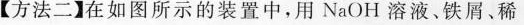
【方法二】在如图所示的装置中，用NaOH溶液、铁屑、稀